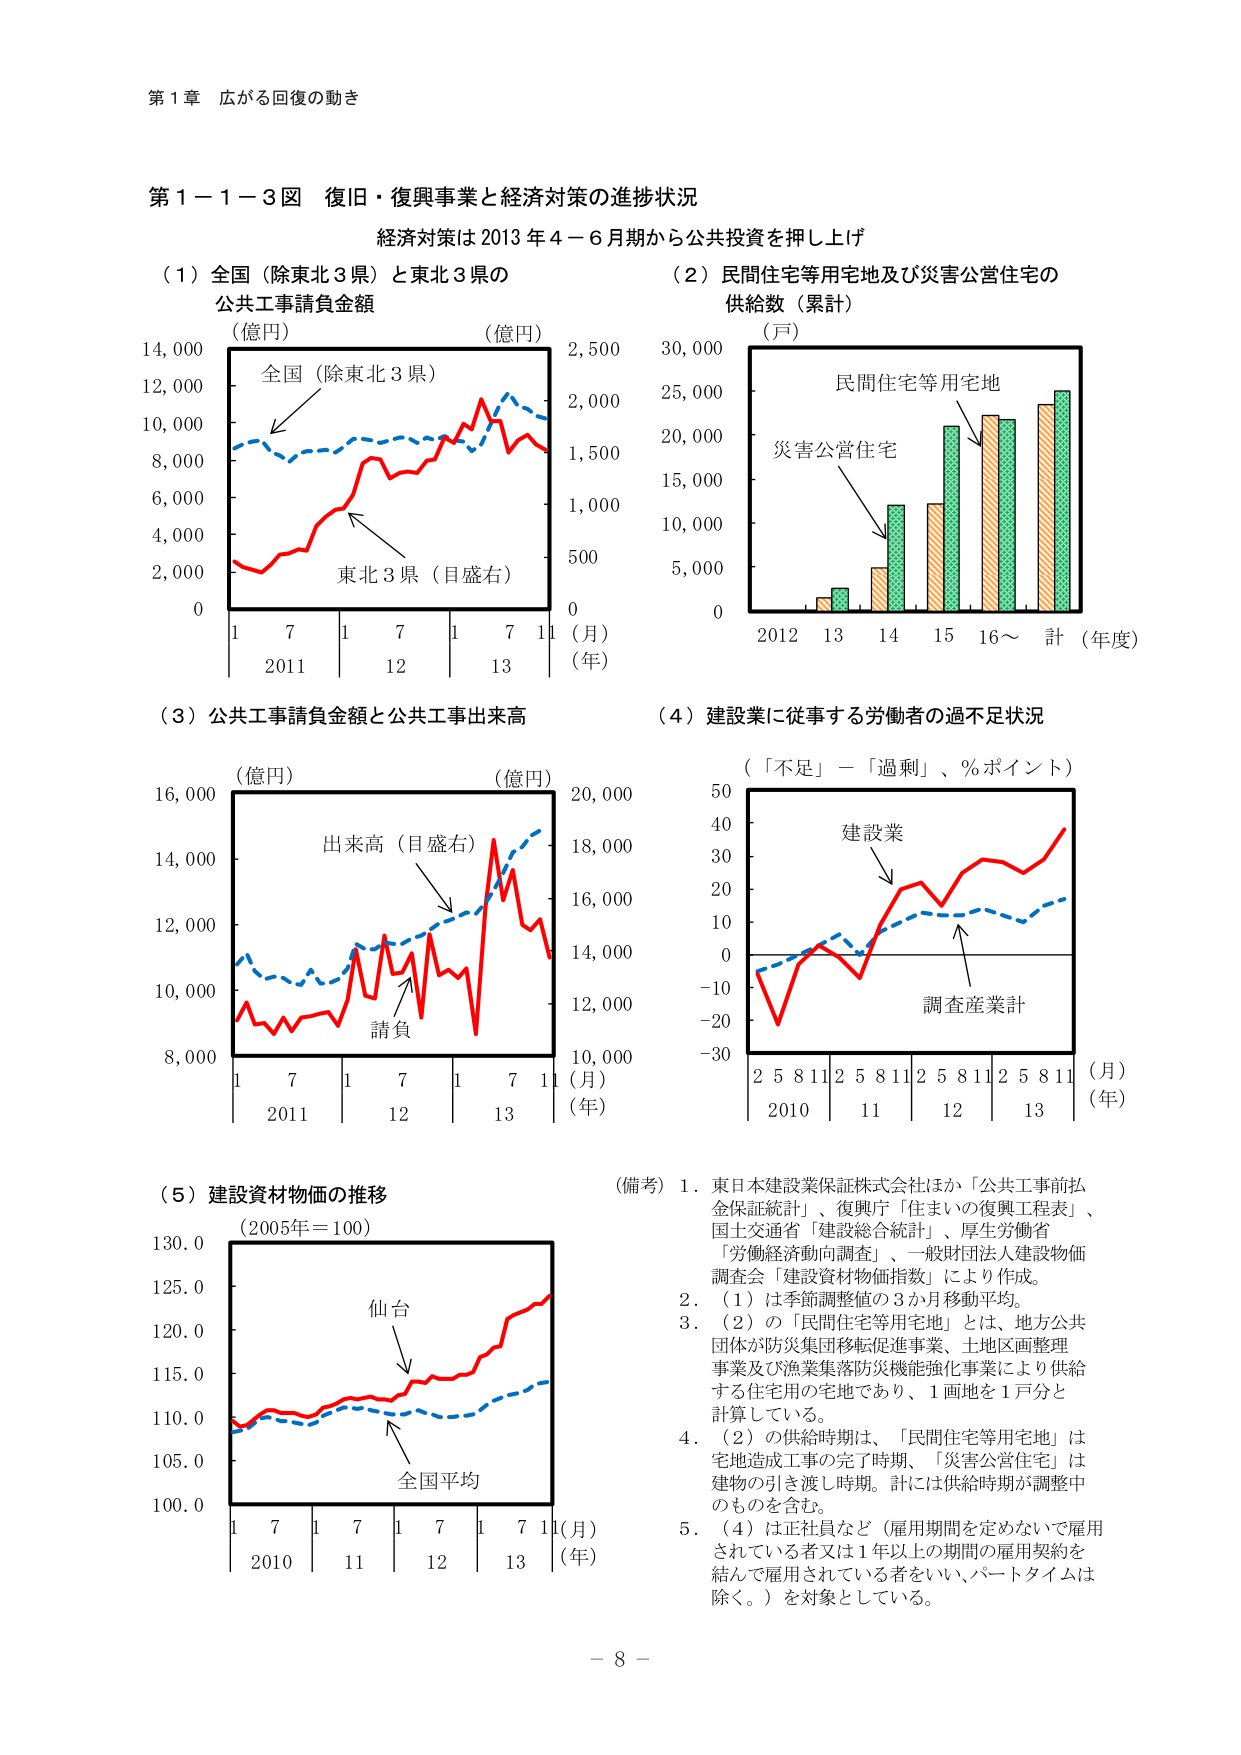
第１章 広がる回復の動き

第１－１－３図 復旧・復興事業と経済対策の進捗状況
経済対策は 2013 年 4－6 月期から公共投資を押し上げ

（１）全国（除東北３県）と東北３県の
公共工事請負金額
（億円）（億円）
14,000
12,000
10,000
8,000
6,000
4,000
2,000
0
全国（除東北３県）
東北３県（目盛右）
1 7 1 7 1 7 11
2011 12 13
（月）（年）
2,500
2,000
1,500
1,000
500
0

（２）民間住宅等用宅地及び災害公営住宅の
供給数（累計）
（戸）
30,000
25,000
20,000
15,000
10,000
5,000
0
民間住宅等用宅地
災害公営住宅
2012 13 14 15 16～ 計（年度）

（３）公共工事請負金額と公共工事出来高
（億円）（億円）
16,000
14,000
12,000
10,000
8,000
出来高（目盛右）
請負
1 7 1 7 1 7 11
2011 12 13
（月）（年）
20,000
18,000
16,000
14,000
12,000
10,000

（４）建設業に従事する労働者の過不足状況
（「不足」－「過剰」、％ポイント）
50
40
30
20
10
0
-10
-20
-30
建設業
調査産業計
2 5 8 11 2 5 8 11 2 5 8 11 2 5 8 11
2010 11 12 13
（月）（年）

（５）建設資材物価の推移
（2005年＝100）
130.0
125.0
120.0
115.0
110.0
105.0
100.0
仙台
全国平均
1 7 1 7 1 7 11
2010 11 12 13
（月）（年）

（備考）1．東日本建設業保証株式会社ほか「公共工事前払金保証統計」、復興庁「住まいの復興工程表」、国土交通省「建設総合統計」、厚生労働省「労働経済動向調査」、一般財団法人建設物価調査会「建設資材物価指数」により作成。
2．（1）は季節調整値の3か月移動平均。
3．（2）の「民間住宅等用宅地」とは、地方公共団体が防災集団移転促進事業、土地区画整理事業及び漁業集落防災機能強化事業により供給する住宅用の宅地であり、1画地を1戸分と計算している。
4．（2）の供給時期は、「民間住宅等用宅地」は宅地造成工事の完了時期、「災害公営住宅」は建物の引き渡し時期。計には供給時期が調整中のものを含む。
5．（4）は正社員など（雇用期間を定めないで雇用されている者又は1年以上の期間の雇用契約を結んで雇用されている者をいい、パートタイムは除く。）を対象としている。

－ 8 －